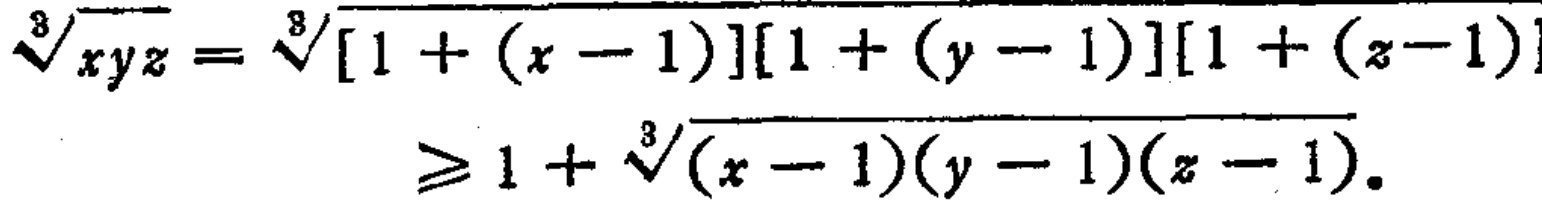
\[\sqrt[3]{xyz}=\sqrt[3]{[1+(x - 1)][1+(y - 1)][1+(z - 1)]}\geq1+\sqrt[3]{(x - 1)(y - 1)(z - 1)}.\]